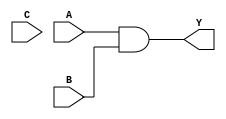
module macro1( A, B, C, Y );
input A, B, C;
output Y;
reg notifier;

assign Y = A & B;

specify
    (A => Y) = (0.0, 0.0);
    (B => Y) = (0.0, 0.0);
    (C => Y) = (0.0, 0.0);

	$setuphold(negedge A, negedge B, 0.0, 0.0, notifier);
	$setuphold(posedge A, posedge B, 0.0, 0.0, notifier);
	$setuphold(posedge A, posedge C, 0.0, 0.0, notifier);
	$setuphold(negedge C, negedge A, 0.0, 0.0, notifier);

endspecify

endmodule